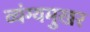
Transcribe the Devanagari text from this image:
व्यंग्यमुखर